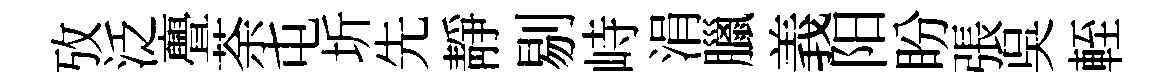
攷泛亹荼屯圻先靜剔峙涓臘義阳盼張吳輊